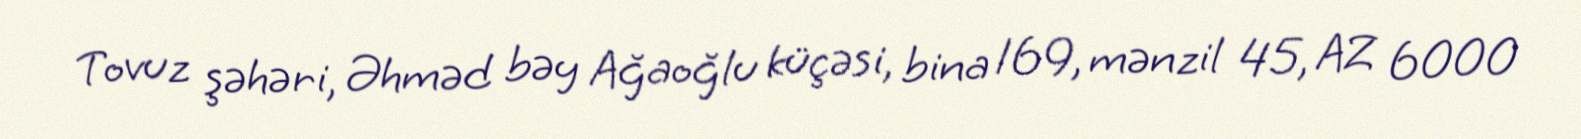
Tovuz şəhəri, Əhməd bəy Ağaoğlu küçəsi, bina 169, mənzil 45, AZ 6000